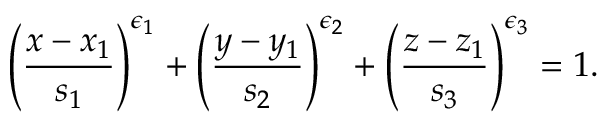
\left( \frac { x - x _ { 1 } } { s _ { 1 } } \right) ^ { \epsilon _ { 1 } } + \left( \frac { y - y _ { 1 } } { s _ { 2 } } \right) ^ { \epsilon _ { 2 } } + \left( \frac { z - z _ { 1 } } { s _ { 3 } } \right) ^ { \epsilon _ { 3 } } = 1 .